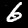
Digit: 6